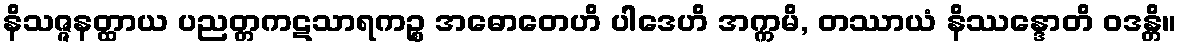
နိသဇ္ဇနတ္ထာယ ပညတ္တကဋသာရကဉ္စ အဓောတေဟိ ပါဒေဟိ အက္ကမိ, တဿာယံ နိဿန္ဒောတိ ဝဒန္တိ။